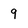
Character: 9